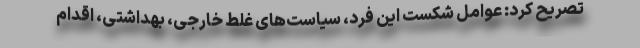
تصریح کرد: عوامل شکست این فرد، سیاست‌های غلط خارجی، بهداشتی، اقدام